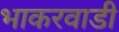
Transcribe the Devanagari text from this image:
भाकरवाडी